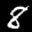
Label: 8